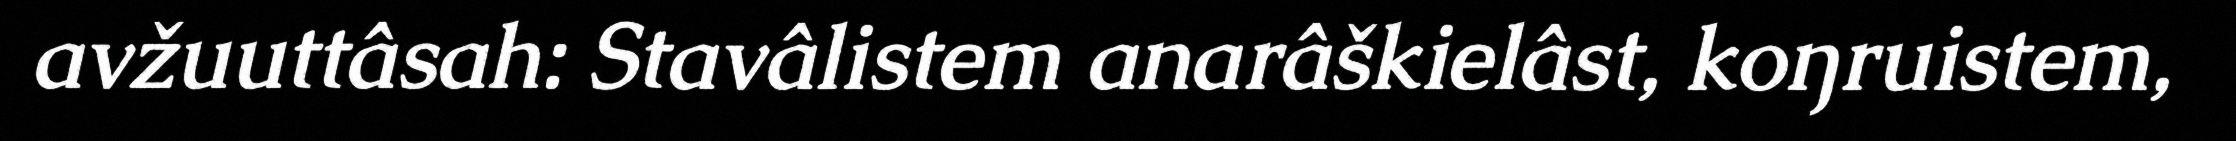
avžuuttâsah: Stavâlistem anarâškielâst, koŋruistem,